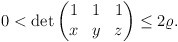
\begin{align*}0<\det\begin{pmatrix}1 & 1 & 1\\ x & y & z \end{pmatrix}\leq 2\varrho.\end{align*}